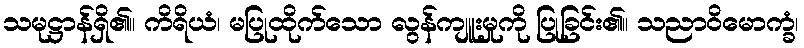
သမုဋ္ဌာန်ရှိ၏။ ကိရိယံ၊ မပြုထိုက်သော လွန်ကျူးမှုကို ပြုခြင်း၏။ သညာဝိမောက္ခံ၊